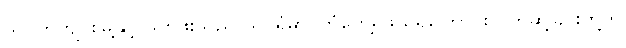
သပိတ်ကျင်းမြို့နှင့် ဖတ်ဖူးသည် သွင်ရုံမှာ ကြုံတွေ့ရဖွယ်ရှိကြောင်း ပိတ်ဆို့ခြင်းတို့ကို